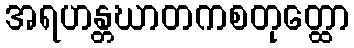
အရဟန္တဃာတကစတုတ္ထော